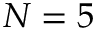
N = 5